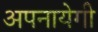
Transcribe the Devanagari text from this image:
अपनायेगी